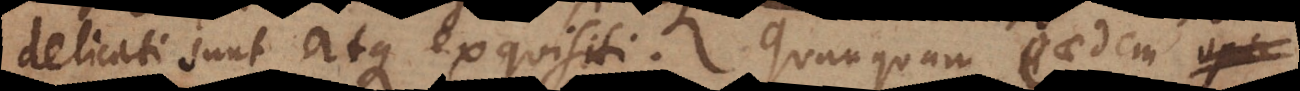
delicati sunt atque exquisiti. Quanquam eaedem gen